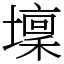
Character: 壈